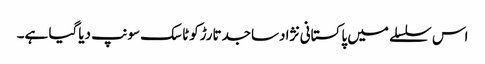
اس سلسلے میں پاکستانی نژادساجدتارڑکوٹاسک سونپ دیاگیا ہے۔